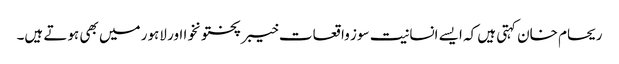
ریحام خان کہتی ہیں کہ ایسے انسانیت سوز واقعات خیبر پختونخوا اور لاہور میں بھی ہوتے ہیں۔